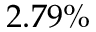
2 . 7 9 \%